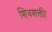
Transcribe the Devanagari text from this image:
शिवशक्ती